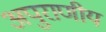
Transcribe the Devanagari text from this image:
अपुराणीय